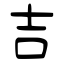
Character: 吉